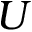
U